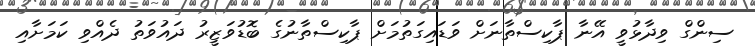
ސިންގް ވިދާޅުވީ އޭނާ ޕާކިސްތާނަށް ވަޑައިގަތުމަށް ޕާކިސްތާނުގެ ބޮޑުވަޒީރު ދައުވަތު ދެއްވި ކަމަށާއި